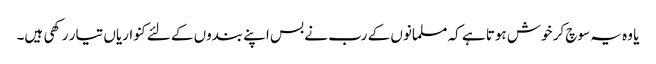
یا وہ یہ سوچ کر خوش ہوتا ہے کہ مسلمانوں کے رب نے بس اپنے بندوں کے لئےکنواریاں تیار رکھی ہیں۔